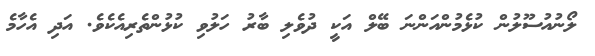
ލޯނުއުސޫލުން ކުޅެމުންއަންނަ ބޭލް އަކީ ދުވެލި ބާރު ހަލުވި ކުޅުންތެރިއެކެވެ. އަދި އެހާމެ